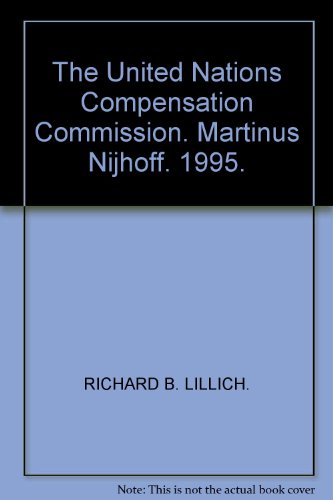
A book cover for The United Nations Compensation Commission: Thirteenth Sokol Colloquium; History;